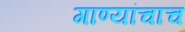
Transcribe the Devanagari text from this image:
गाण्यांचाच